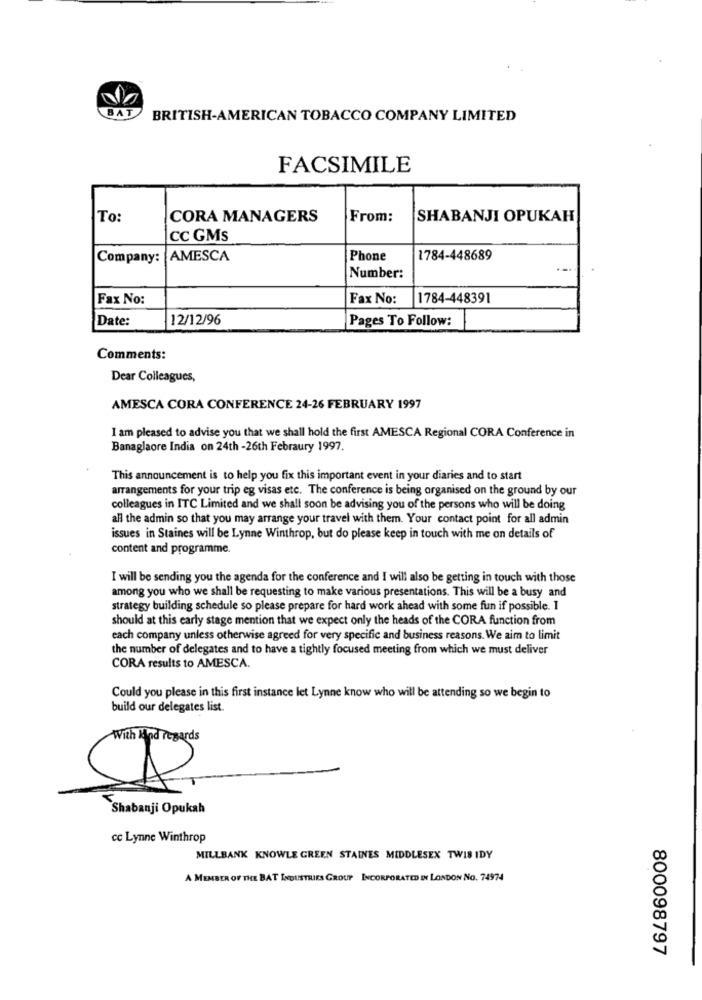
BAT
BRITISH-AMERICAN TOBACCO COMPANY LIMITED
FACSIMILE
To:
CORA MANAGERS
From:
SHABANJI OPUKAH
CC GMs
Company:
AMESCA
Phone
1784-448689
Number:
Fax No:
Fax No:
1784-448391
Date:
12/12/96
Pages To Follow:
Comments:
Dear Colleagues,
AMESCA CORA CONFERENCE 24-26 FEBRUARY 1997
I am pleased to advise you that we shall hold the first AMESCA Regional CORA Conference in
Banaglaore India on 24th -26th Febraury 1997.
This announcement is to help you fix this important event in your diaries and to start
arrangements for your trip eg visas etc. The conference is being organised on the ground by our
colleagues in ITC Limited and we shall soon be advising you of the persons who will be doing
all the admin so that you may arrange your travel with them. Your contact point for all admin
issues in Staines will be Lynne Winthrop, but do please keep in touch with me on details of
content and programme.
I will be sending you the agenda for the conference and I will also be getting in touch with those
among you who we shall be requesting to make various presentations. This will be a busy and
strategy building schedule so please prepare for hard work ahead with some fun if possible. I
should at this early stage mention that we expect only the heads of the CORA function from
each company unless otherwise agreed for very specific and business reasons. We aim to limit
the number of delegates and to have a tightly focused meeting from which we must deliver
CORA results to AMESCA.
Could you please in this first instance let Lynne know who will be attending so we begin to
build our delegates list.
With Kind regards
Shabanji Opukah
cc Lynne Winthrop
MILLBANK KNOWLE GREEN STAINES MIDDLESEX TWIS IDY
A MEMBER OF THE BAT INDUSTRIES GROUP INCORPORATED IN LONDON No. 74974
800098797